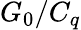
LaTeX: G_{0}/C_{q}